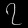
Digit: ၇